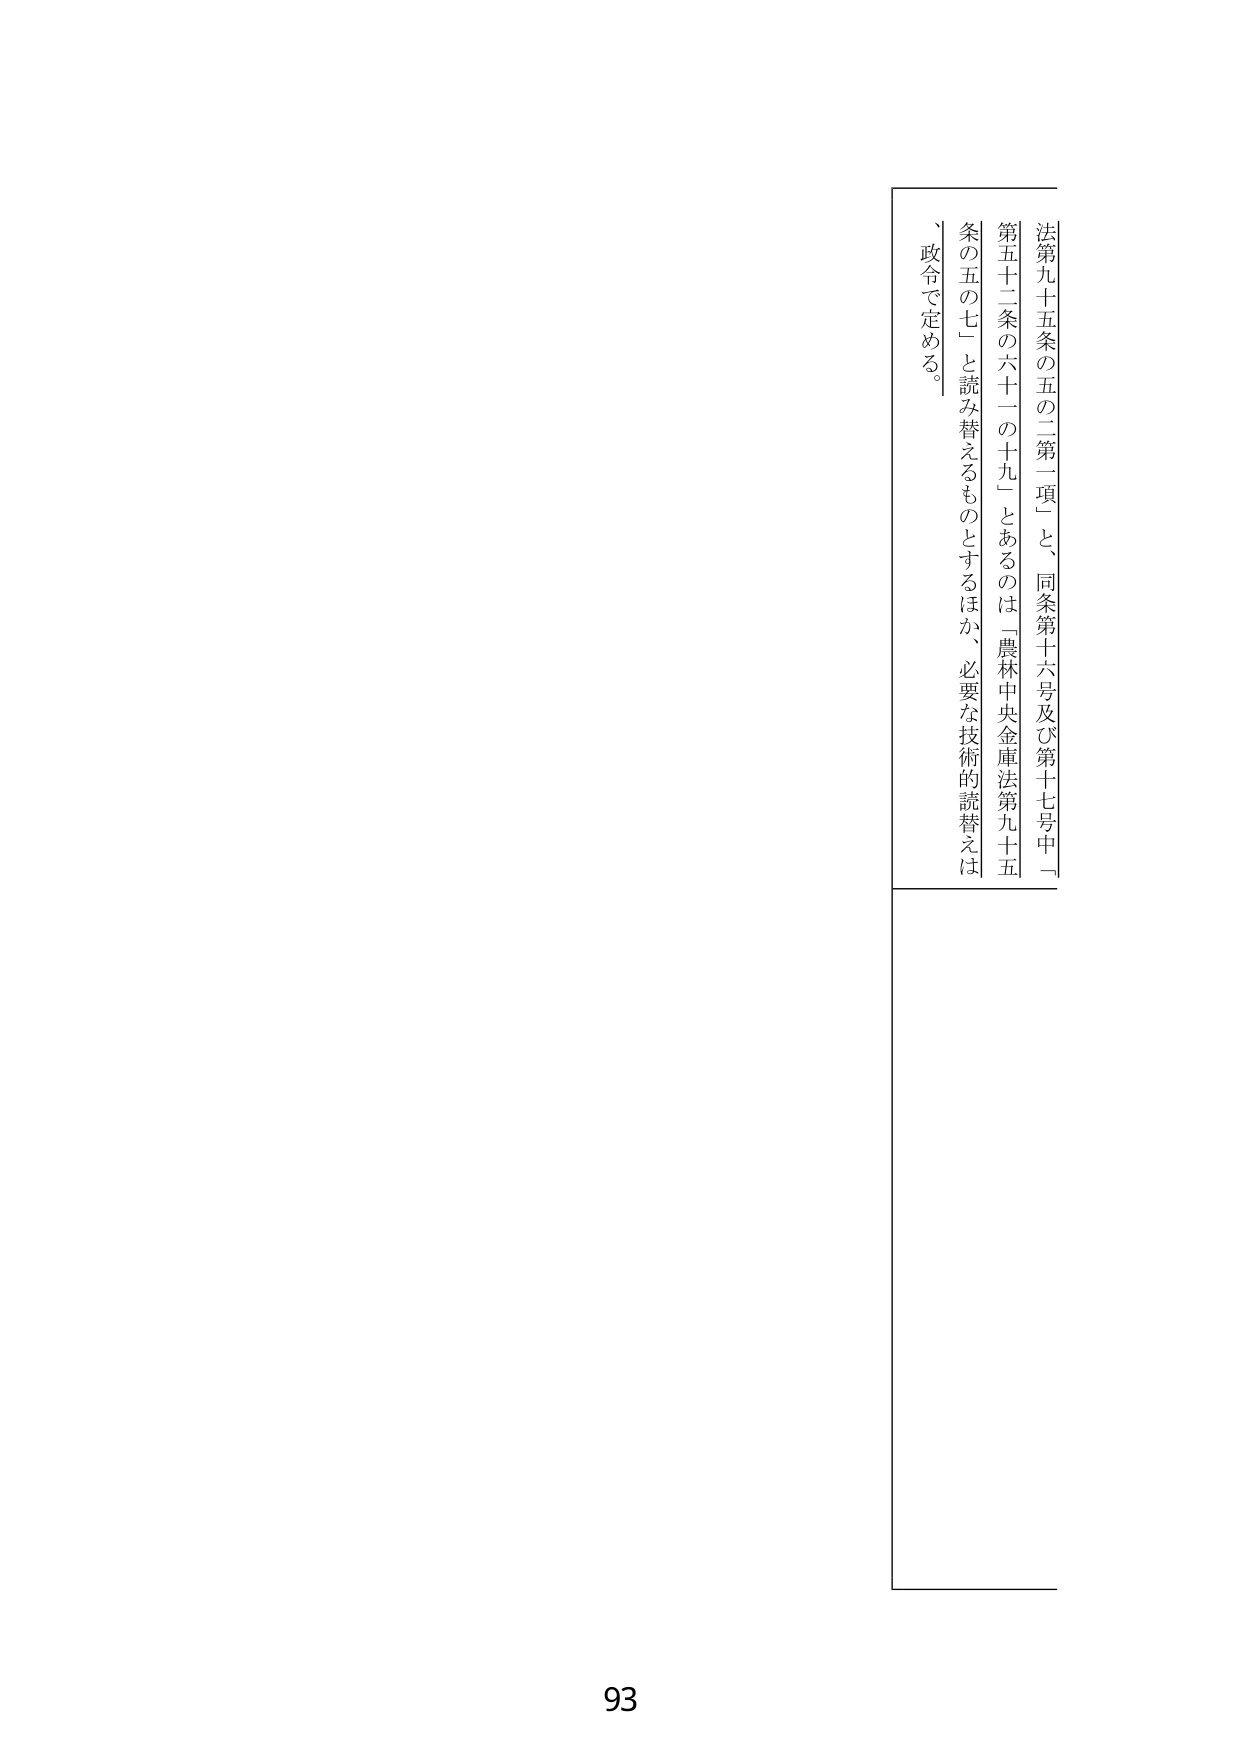
法第九十五条の五の二第一項」と、同条第十六号及び第十七号中「
第五十二条の六十一の十九」とあるのは「農林中央金庫法第九十五
条の五の七」と読み替えるものとするほか、必要な技術的読替えは
、政令で定める。